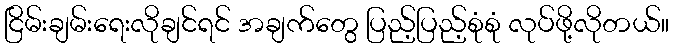
ငြိမ်းချမ်းရေးလိုချင်ရင် အချက်တွေ ပြည့်ပြည့်စုံစုံ လုပ်ဖို့လိုတယ်။